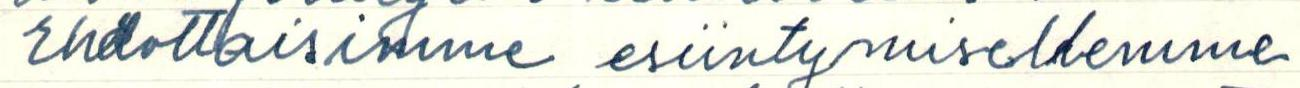
Ehdottaisimme esiintymisellemme